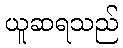
ယူဆရသည်